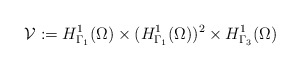
\begin{align*}\mathcal{V} := H^{1}_{\Gamma_{1}}(\Omega) \times (H^{1}_{\Gamma_{1}}(\Omega))^{2} \times H^{1}_{\Gamma_{3}}(\Omega) \end{align*}